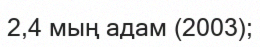
2,4 мың адам (2003);